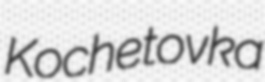
Kochetovka